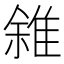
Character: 雓